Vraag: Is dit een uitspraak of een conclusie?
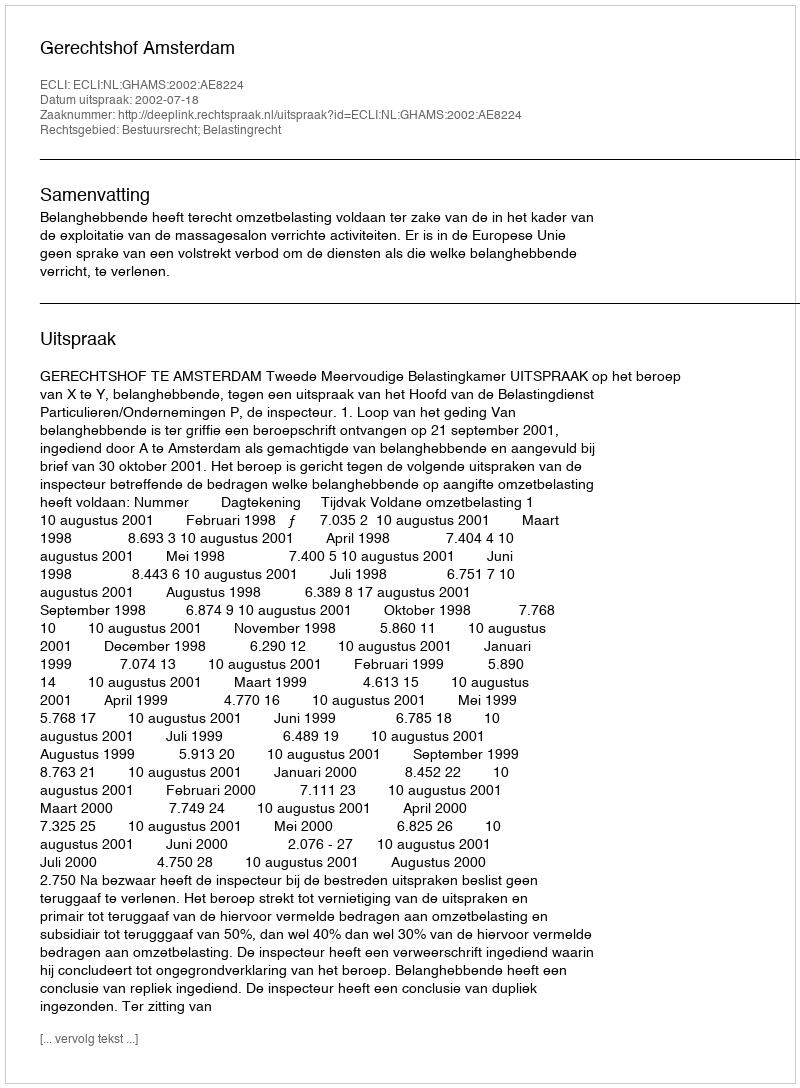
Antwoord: Uitspraak